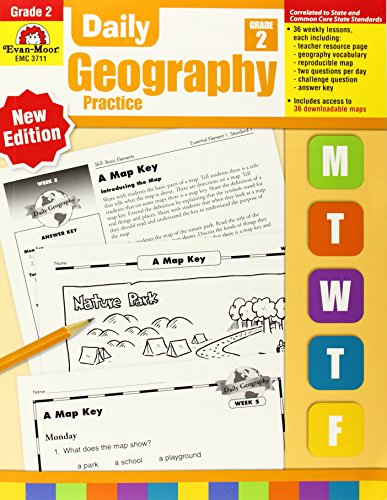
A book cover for Daily Geography Practice, Grade 2; Evan Moor; Science & Math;